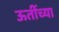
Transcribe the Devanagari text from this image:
ऊतींच्या